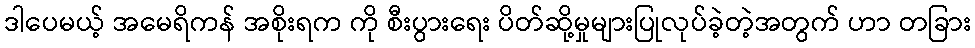
ဒါပေမယ့် အမေရိကန် အစိုးရက ကို စီးပွားရေး ပိတ်ဆို့မှုများပြုလုပ်ခဲ့တဲ့အတွက် ဟာ တခြား